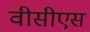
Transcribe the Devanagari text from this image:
वीसीएस